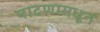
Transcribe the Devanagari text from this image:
पाटणामधून